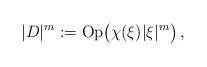
LaTeX: \begin{align*}|D|^m := {\rm Op} \big( \chi(\xi) |\xi|^m \big)\,,\end{align*}